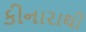
કીનારાથી